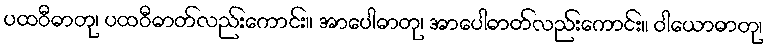
ပထဝီဓာတု၊ ပထဝီဓာတ်လည်းကောင်း။ အာပေါဓာတု၊ အာပေါဓာတ်လည်းကောင်း။ ဝါယောဓာတု၊